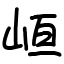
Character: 峘